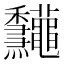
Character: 𥤠